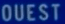
OUEST